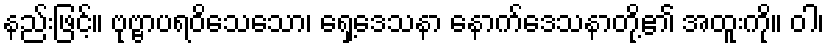
နည်းဖြင့်။ ဗုဗ္ဗာပရဝိသေသော၊ ရှေ့ဒေသနာ နောက်ဒေသနာတို့၏ အထူးကို။ ဝါ၊